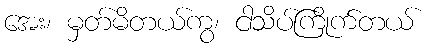
အေး၊ မှတ်မိတယ်ကွ၊ ငါသိပ်ကြိုက်တယ်